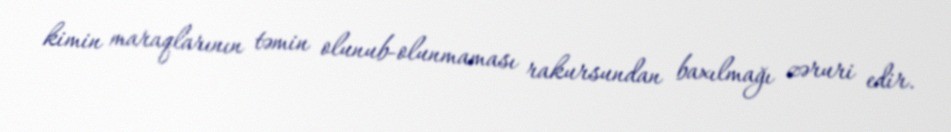
kimin maraqlarının təmin olunub-olunmaması rakursundan baxılmağı zəruri edir.